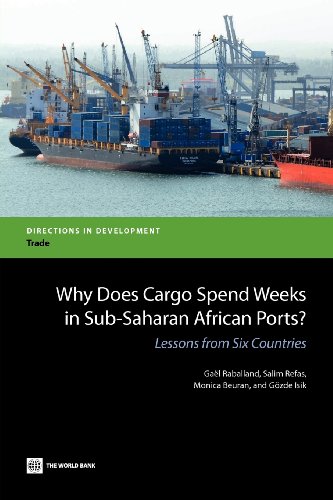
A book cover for Why Does Cargo Spend Weeks in Sub-Saharan African Ports?: Lessons from Six Countries (Directions in Development); Gael Raballand; Business & Money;